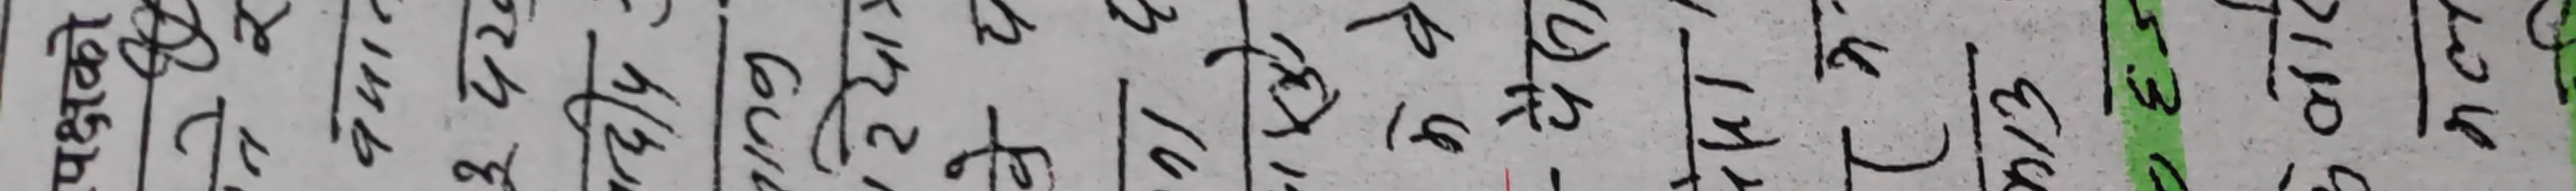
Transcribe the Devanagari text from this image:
१४
१५
१६
१७
१८
१९
२०
२१
२२
२३
२४
२५
२६
२७
२८